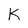
Character: K